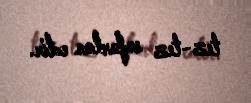
tez-tez səfərlər edir.